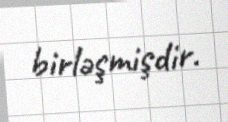
birləşmişdir.